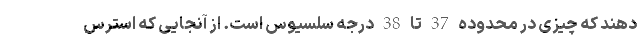
دهند که چیزی در محدوده 37 تا 38 درجه سلسیوس است. از آنجایی که استرس